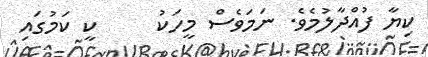
ކިޔާ ފުއްދާލުމެވެ. ނަމަވެސް މީހަކު     ކީ ކަމުގައި